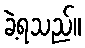
ခဲ့ရသည်။